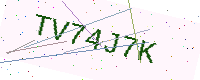
Text: TV74J7K